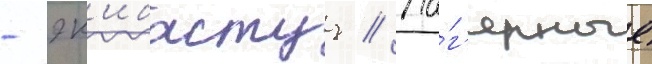
- эк'ибастуз // Ла́г'ерные